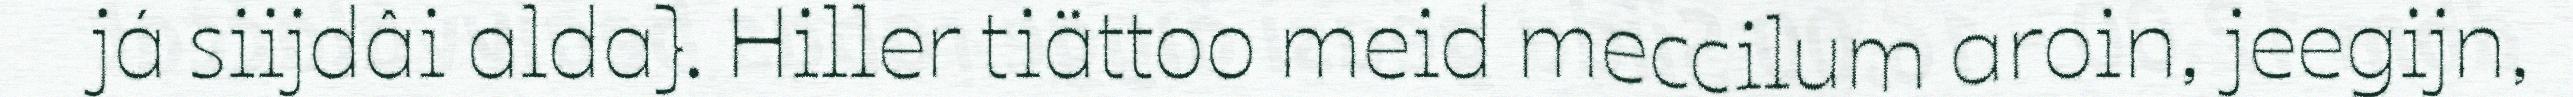
já siijdâi alda}. Hiller tiättoo meid meccilum aroin, jeegijn,